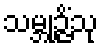
သမ္ဘုဉ္ဇိံသု